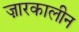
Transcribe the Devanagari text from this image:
ज़ारकालीन